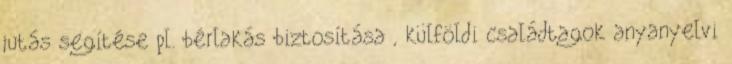
jutás segítése pl. bérlakás biztosítása , külföldi családtagok anyanyelvi